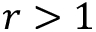
r > 1